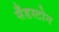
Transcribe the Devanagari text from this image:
सँडस्टोन